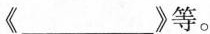
《___ 》等。